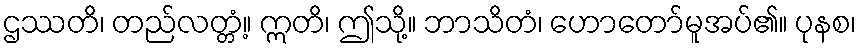
ဌဿတိ၊ တည်လတ္တံ့။ ဣတိ၊ ဤသို့။ ဘာသိတံ၊ ဟောတော်မူအပ်၏။ ပုနစ၊